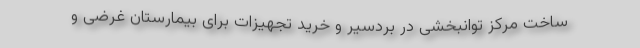
ساخت مرکز توانبخشی در بردسیر و خرید تجهیزات برای بیمارستان غرضی و